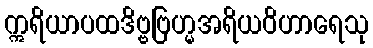
ဣရိယာပထဒိဗ္ဗဗြဟ္မအရိယဝိဟာရေသု